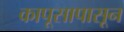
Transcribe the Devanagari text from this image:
कापूसापासून